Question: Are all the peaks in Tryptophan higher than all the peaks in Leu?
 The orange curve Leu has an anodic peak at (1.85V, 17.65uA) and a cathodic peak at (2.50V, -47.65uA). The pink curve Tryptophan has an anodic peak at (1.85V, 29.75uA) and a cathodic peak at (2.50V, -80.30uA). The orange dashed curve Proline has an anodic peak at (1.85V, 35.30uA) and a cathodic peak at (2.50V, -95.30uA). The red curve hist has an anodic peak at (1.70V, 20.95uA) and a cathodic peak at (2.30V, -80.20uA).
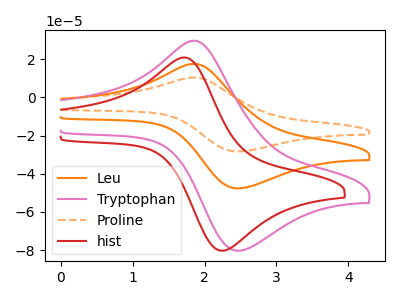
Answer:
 <answer>Every peak in "Tryptophan" is higher than every peak in "Leu".</answer>
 <eval>higher</eval>